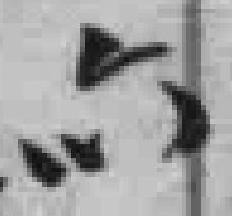
六